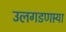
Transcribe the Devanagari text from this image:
उलगडणार्‍या